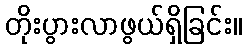
တိုးပွားလာဖွယ်ရှိခြင်း။